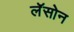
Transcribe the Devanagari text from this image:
लॅसोन